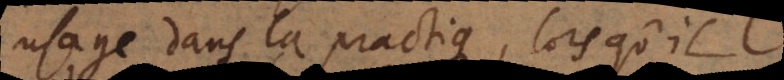
usage dans la practique, lorsqu’il